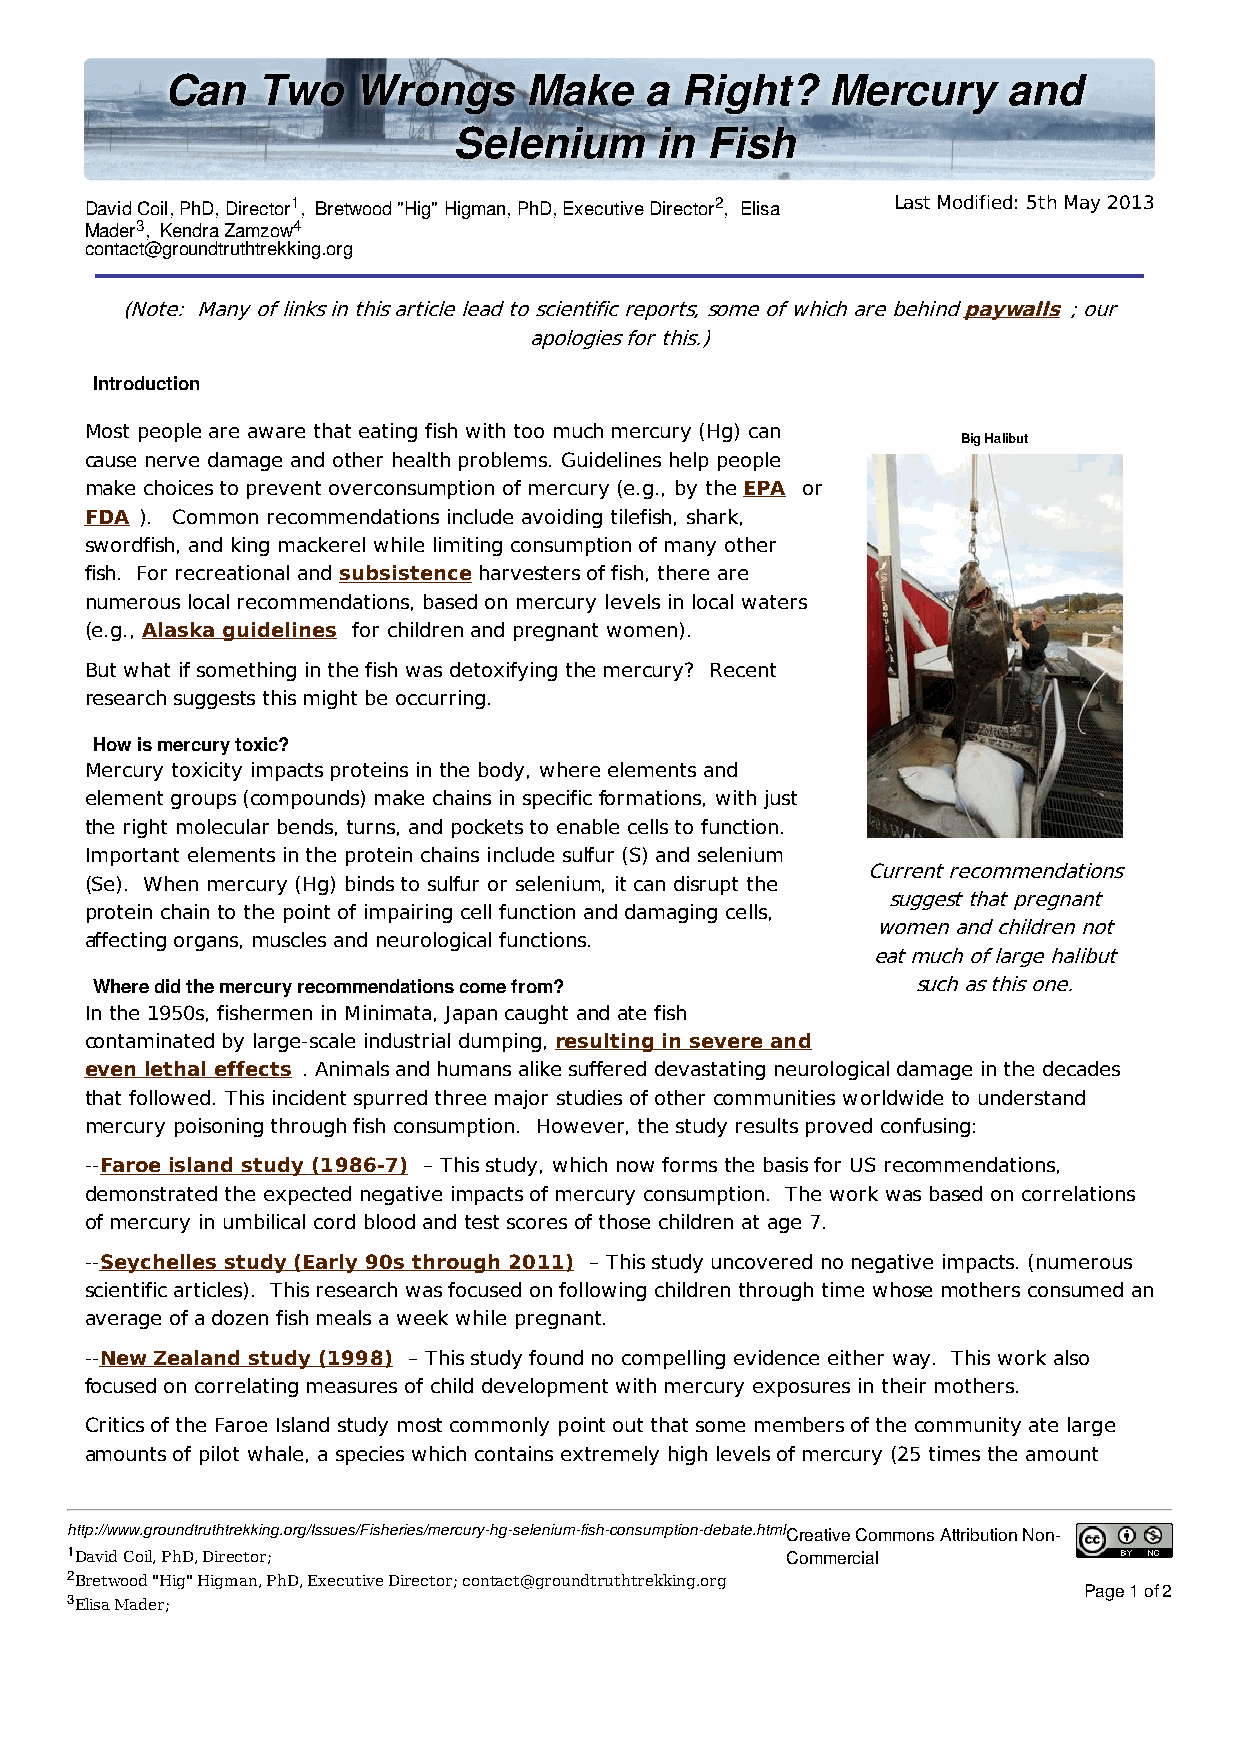
Can   Two   Wrongs      Make    a Right?    Mercury     and
 Selenium     in  Fish
 David Coil, PhD, Director1, Bretwood "Hig" Higman, PhD, Executive Director2, Elisa Last Modified: 5th May 2013
 Mader3, Kendra Zamzow4
 contact@groundtruthtrekking.org
 (Note: Many of links in this article lead to scientific reports, some of which are behind paywalls; our
 apologies for this.)
 Introduction
 Most people are aware that eating fish with too much mercury (Hg) can
 Big Halibut
 cause nerve damage and other health problems. Guidelines help people
 make choices to prevent overconsumption of mercury (e.g., by the EPA or
 FDA ). Common recommendations include avoiding tilefish, shark,
 swordfish, and king mackerel while limiting consumption of many other
 fish. For recreational and subsistence harvesters of fish, there are
 numerous local recommendations, based on mercury levels in local waters
 (e.g., Alaska guidelines for children and pregnant women).
 But what if something in the fish was detoxifying the mercury? Recent
 research suggests this might be occurring.
 How is mercury toxic?
 Mercury toxicity impacts proteins in the body, where elements and
 element groups (compounds) make chains in specific formations, with just
 the right molecular bends, turns, and pockets to enable cells to function.
 Important elements in the protein chains include sulfur (S) and selenium
 Current recommendations
 (Se). When mercury (Hg) binds to sulfur or selenium, it can disrupt the
 suggest that pregnant
 protein chain to the point of impairing cell function and damaging cells,
 women and children not
 affecting organs, muscles and neurological functions.
 eat much of large halibut
 Where did the mercury recommendations come from?       such as this one.
 In the 1950s, fishermen in Minimata, Japan caught and ate fish
 contaminated by large-scale industrial dumping, resulting in severe and
 even lethal effects . Animals and humans alike suffered devastating neurological damage in the decades
 that followed. This incident spurred three major studies of other communities worldwide to understand
 mercury poisoning through fish consumption. However, the study results proved confusing:
 --Faroe island study (1986-7) – This study, which now forms the basis for US recommendations,
 demonstrated the expected negative impacts of mercury consumption. The work was based on correlations
 of mercury in umbilical cord blood and test scores of those children at age 7.
 --Seychelles study (Early 90s through 2011) – This study uncovered no negative impacts. (numerous
 scientific articles). This research was focused on following children through time whose mothers consumed an
 average of a dozen fish meals a week while pregnant.
 --New Zealand study (1998) – This study found no compelling evidence either way. This work also
 focused on correlating measures of child development with mercury exposures in their mothers.
 Critics of the Faroe Island study most commonly point out that some members of the community ate large
 amounts of pilot whale, a species which contains extremely high levels of mercury (25 times the amount
 http://www.groundtruthtrekking.org/Issues/Fisheries/mercury-hg-selenium-fish-consumption-debate.htmlCreative Commons Attribution Non-
 1David Coil, PhD, Director;                     Commercial
 2Bretwood "Hig" Higman, PhD, Executive Director; contact@groundtruthtrekking.org
 Page 1 of 2
 3Elisa Mader;